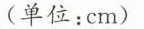
（单位：cm）